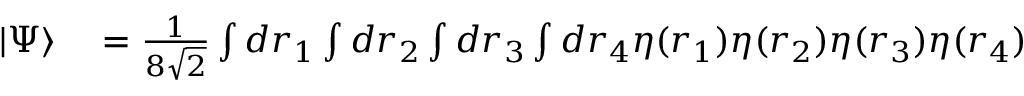
\begin{array} { r l } { | \Psi \rangle } & { { } = \frac { 1 } { 8 \sqrt { 2 } } \int d \boldsymbol { r } _ { 1 } \int d \boldsymbol { r } _ { 2 } \int d \boldsymbol { r } _ { 3 } \int d \boldsymbol { r } _ { 4 } \eta ( \boldsymbol { r } _ { 1 } ) \eta ( \boldsymbol { r } _ { 2 } ) \eta ( \boldsymbol { r } _ { 3 } ) \eta ( \boldsymbol { r } _ { 4 } ) } \end{array}